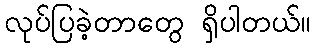
လုပ်ပြခဲ့တာတွေ ရှိပါတယ်။